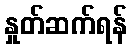
နှုတ်ဆက်ရန်